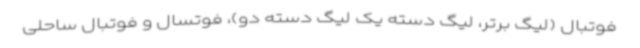
فوتبال (لیگ برتر، لیگ دسته یک لیگ دسته دو)، فوتسال و فوتبال ساحلی